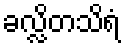
ခလ္လိတသိရံ